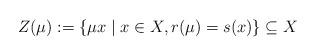
LaTeX: \begin{align*} Z(\mu):= \{\mu x \mid x \in X, r(\mu)=s(x)\} \subseteq X\end{align*}